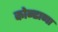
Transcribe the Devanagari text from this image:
कोन्ढाणा